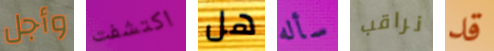
وأجل اكتشفت هل سأله نراقب قد